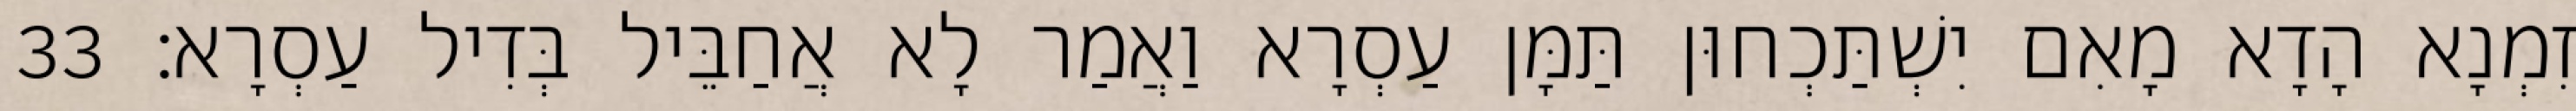
זִמְנָא הָדָא מָאִם יִשְׁתַּכְחוּן תַּמָּן עַסְרָא וַאֲמַר לָא אֲחַבֵּיל בְּדִיל עַסְרָא׃ 33